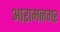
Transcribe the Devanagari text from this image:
आरामनगर